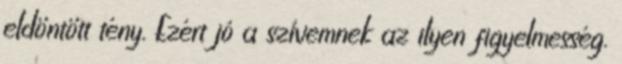
eldöntött tény. Ezért jó a szívemnek az ilyen figyelmesség.